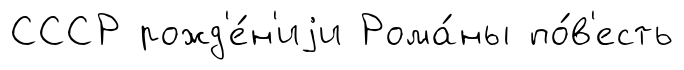
СССР рожд'е́н'иjи Рома́ны по́в'есть